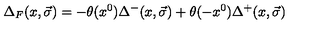
{ \Delta } _ { F } ( x , \vec { \sigma } ) = - \theta ( x ^ { 0 } ) { \Delta } ^ { - } ( x , \vec { \sigma } ) + \theta ( - x ^ { 0 } ) { \Delta } ^ { + } ( x , \vec { \sigma } )